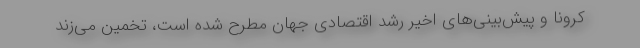
کرونا و پیش‌بینی‌های اخیر رشد اقتصادی جهان مطرح شده است، تخمین می‌زند